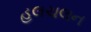
હલચલન